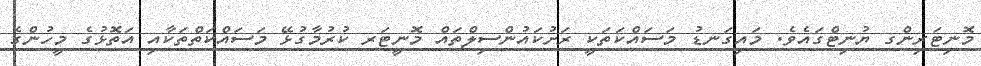
މޮނިޓަރިންގ ޔުނިޓްގައެވެ. މައިގަނޑު މަސައްކަތަކީ ރަށުކައުންސިލްތައް މޮނީޓަރ ކުރުމާގުޅޭ މަސައްކަތްތަކާއި އަތޮޅުގެ މީހުންގެ